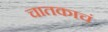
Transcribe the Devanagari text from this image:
चातकाचं